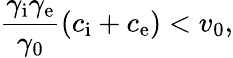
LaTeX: \frac{\gamma_{\mathrm{i}}\gamma_{\mathrm{e}}}{\gamma_{\mathrm{0}}}(c_{\mathrm{i}}+c_{\mathrm{e}})<v_{0},